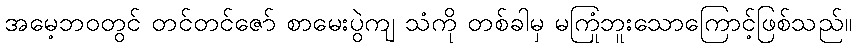
အမေ့ဘဝတွင် တင်တင်ဇော် စာမေးပွဲကျ သံကို တစ်ခါမှ မကြုံဘူးသောကြောင့်ဖြစ်သည်။